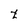
Character: t